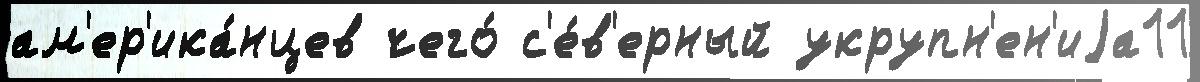
ам'ер'ика́нцев чего́ с'е́в'ерный укрупн'ен'иjа11